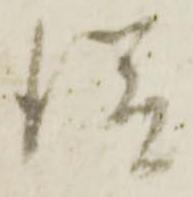
従